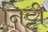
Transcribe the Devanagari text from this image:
निट्टी